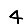
Digit: 4